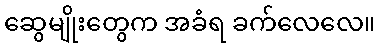
ဆွေမျိုးတွေက အခံရ ခက်လေလေ။